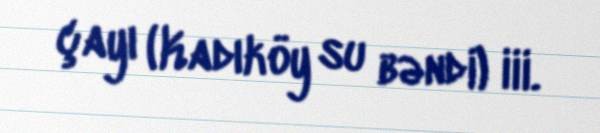
çayı (Kadıköy su bəndi) iii.